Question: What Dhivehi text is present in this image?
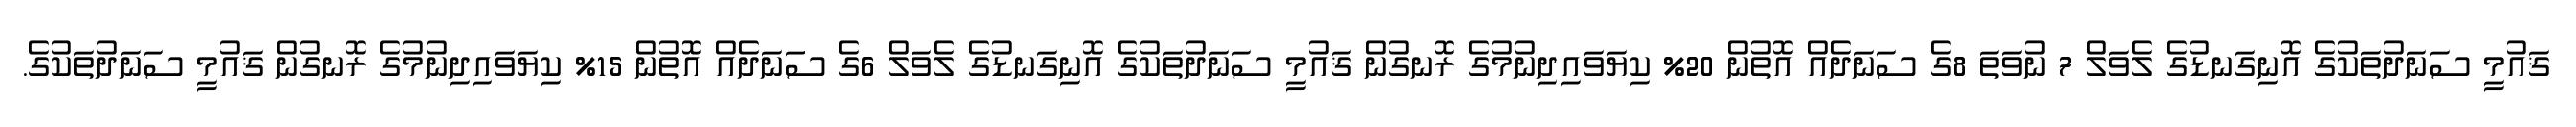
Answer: ޤައުމީ ސަނަދުތަކުގެ އޮނިގަނޑުގެ ލެވަލް 7 ނުވަތަ 8ގެ ސަނަދެއް އޮތުން 20% ކިޔަވައިދިނުމުގެ ރޮނގުން ޤައުމީ ސަނަދުތަކުގެ އޮނިގަނޑުގެ ލެވަލް 6ގެ ސަނަދެއް އޮތުން 15% ކިޔަވައިދިނުމުގެ ރޮނގުން ޤައުމީ ސަނަދުތަކުގެ.